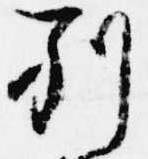
別